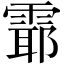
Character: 𲉻